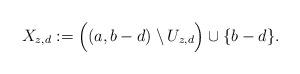
LaTeX: \begin{align*}X_{z,d} := \Big((a,b-d) \setminus U_{z,d}\Big) \cup \{b-d\}.\end{align*}